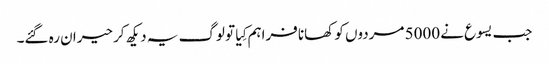
‏ جب یسوع نے 5000 مردوں کو کھانا فراہم کِیا تو لوگ یہ دیکھ کر حیران رہ گئے۔